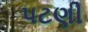
પટણી